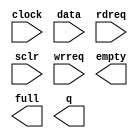
module FIFO_DETECTION_YN (
	clock,
	data,
	rdreq,
	sclr,
	wrreq,
	empty,
	full,
	q);

	input	  clock;
	input	[109:0]  data;
	input	  rdreq;
	input	  sclr;
	input	  wrreq;
	output	  empty;
	output	  full;
	output	[109:0]  q;

endmodule